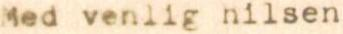
Med venlig hilsen